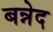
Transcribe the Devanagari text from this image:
बन्नेद